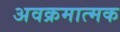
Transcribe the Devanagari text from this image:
अवक्रमात्मक